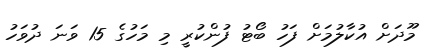
މޫދަށް އުކާލުމަށް ފަހު ބޯޓު ފުންކުރީ މި މަހުގެ 15 ވަނަ ދުވަހު